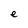
Character: e